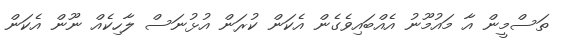
ތަސްމީން އާ މައުމޫނު އެއްބައިވެގެން އެކަން ކުރަން އުޅުނަސް ލާހިކެއް ނޫން އެކަން